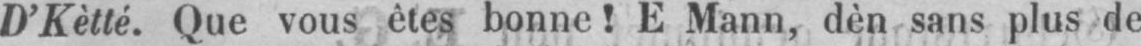
D’Kètté. Que vous êtes bonne! E Mann, dèn sans plus de